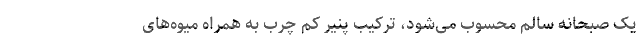
یک صبحانه سالم محسوب می‌شود، ترکیب پنیر کم چرب به همراه میوه‌‌های